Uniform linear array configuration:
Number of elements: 12
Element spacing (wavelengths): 0.5
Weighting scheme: binomial
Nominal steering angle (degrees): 60
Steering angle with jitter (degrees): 59.659
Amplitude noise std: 0.05
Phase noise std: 0.05

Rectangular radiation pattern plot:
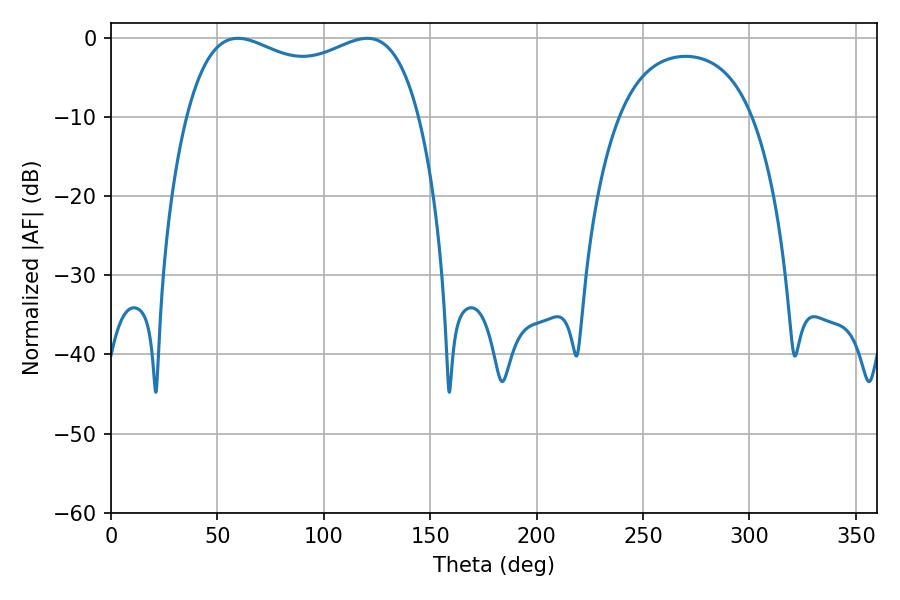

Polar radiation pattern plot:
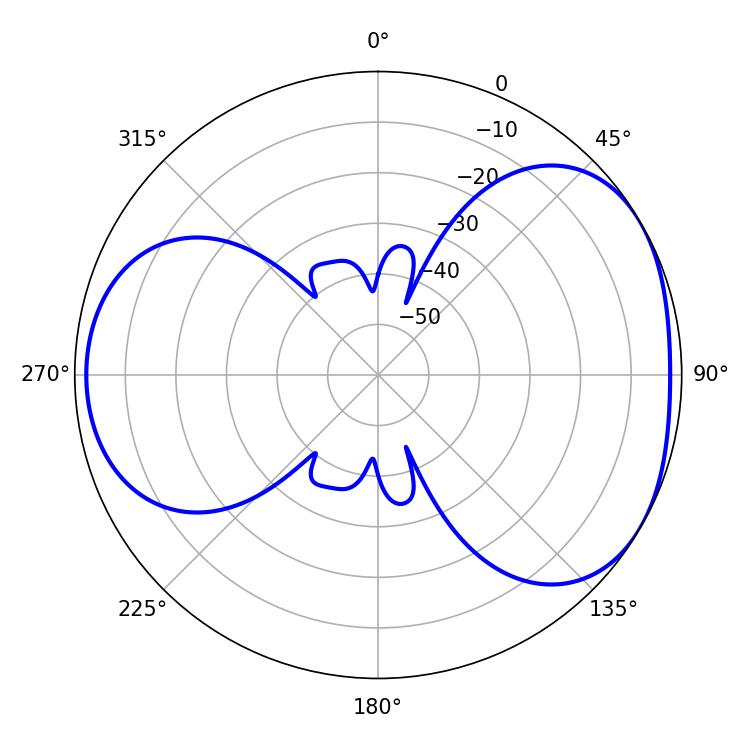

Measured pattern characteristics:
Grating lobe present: FALSE
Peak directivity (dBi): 4.286
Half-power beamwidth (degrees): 90.36
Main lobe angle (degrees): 59.58